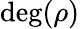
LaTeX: \deg(\rho)